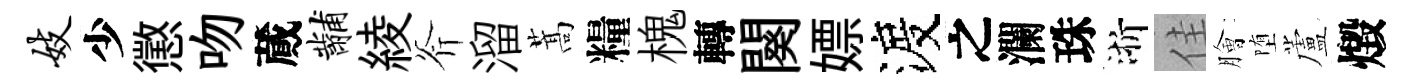
妓少懲吻蕆黼綾斧溜蒿糧槐轉闋嫖渡之瀾珠浙佳膾堕蘆燬